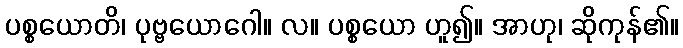
ပစ္စယောတိ၊ ပုဗ္ဗယောဂေါ။ လ။ ပစ္စယော ဟူ၍။ အာဟု၊ ဆိုကုန်၏။